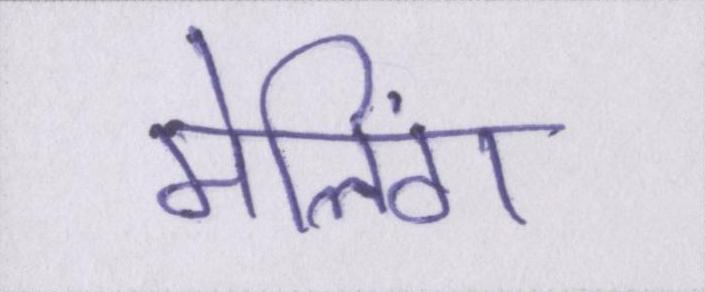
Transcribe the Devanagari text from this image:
मेलिंग